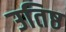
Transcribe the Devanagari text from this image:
उतिष्ठ